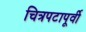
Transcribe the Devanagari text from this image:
चित्रपटापूर्वी